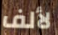
لألف